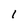
Character: l